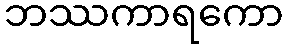
ဘဿကာရကော